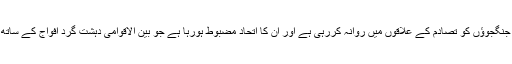
اپنے جنگجوؤں کو تصادم کے علاقوں میں روانہ کررہی ہے اور ان کا اتحاد مضبوط ہورہا ہے جو بین الاقوامی دہشت گرد افواج کے ساتھ ہے ۔